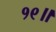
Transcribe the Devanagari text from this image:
१९॥